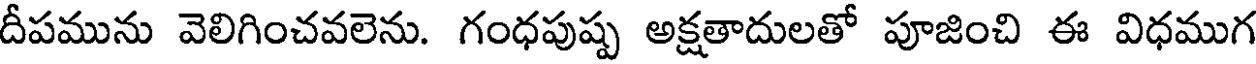
దీపమును వెలిగించవలెను. గంధపుష్ప అక్షతాదులతో పూజించి ఈ విధముగ